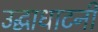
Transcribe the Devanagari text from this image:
उद्घाधाटनी